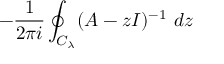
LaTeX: - { \frac { 1 } { 2 \pi i } } \oint _ { C _ { \lambda } } ( A - z I ) ^ { - 1 } ~ d z